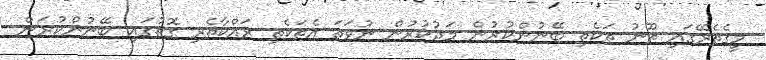
މީގެތެރޭގައި ތޫނު ތަކެތި ބޭނުންކުރުން މަދުކުރުން ނުވަތަ އެތަކެތި ރައްކާތެރި ގޮތުގައި ބޭނުންކުރަން